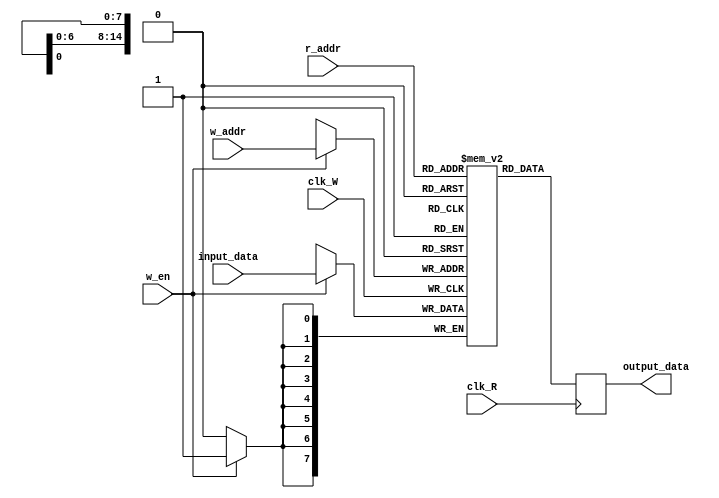
`define SCREEN_WIDTH 176
`define SCREEN_HEIGHT 144

module Dual_Port_RAM_M9K(
	input_data,
	w_addr,
	r_addr,
	w_en,
	clk_W,
	clk_R,
	output_data
);

//=======================================================
//  PORT declarations
//=======================================================

//////////// CLOCKS //////////
input 		          		clk_W, clk_R;

//////////// input enables (write, read) //////////
input 		    				w_en;

//////////// write and read addresses //////////
input 		    [14:0]		w_addr;
input 		    [14:0]		r_addr;

//////////// input/output data busses //////////
input 		    [7:0]		input_data;
output reg 		 [7:0]		output_data;

//////////// memory array //////////
(* ramstyle = "M9K" *) reg	[7:0]	 mem [(`SCREEN_WIDTH * `SCREEN_HEIGHT)-1:0];
reg				 [14:0]		r_addr_reg;


///// WRITE BLOCK /////
always @ (posedge clk_W) begin
	if(w_en) 
		mem[w_addr] <= input_data;
end

///// READ BLOCK  /////
always @ (posedge clk_R) begin
	output_data <= mem[r_addr];
	r_addr_reg <= r_addr;
end

endmodule